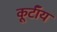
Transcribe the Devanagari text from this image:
कूर्टॉय